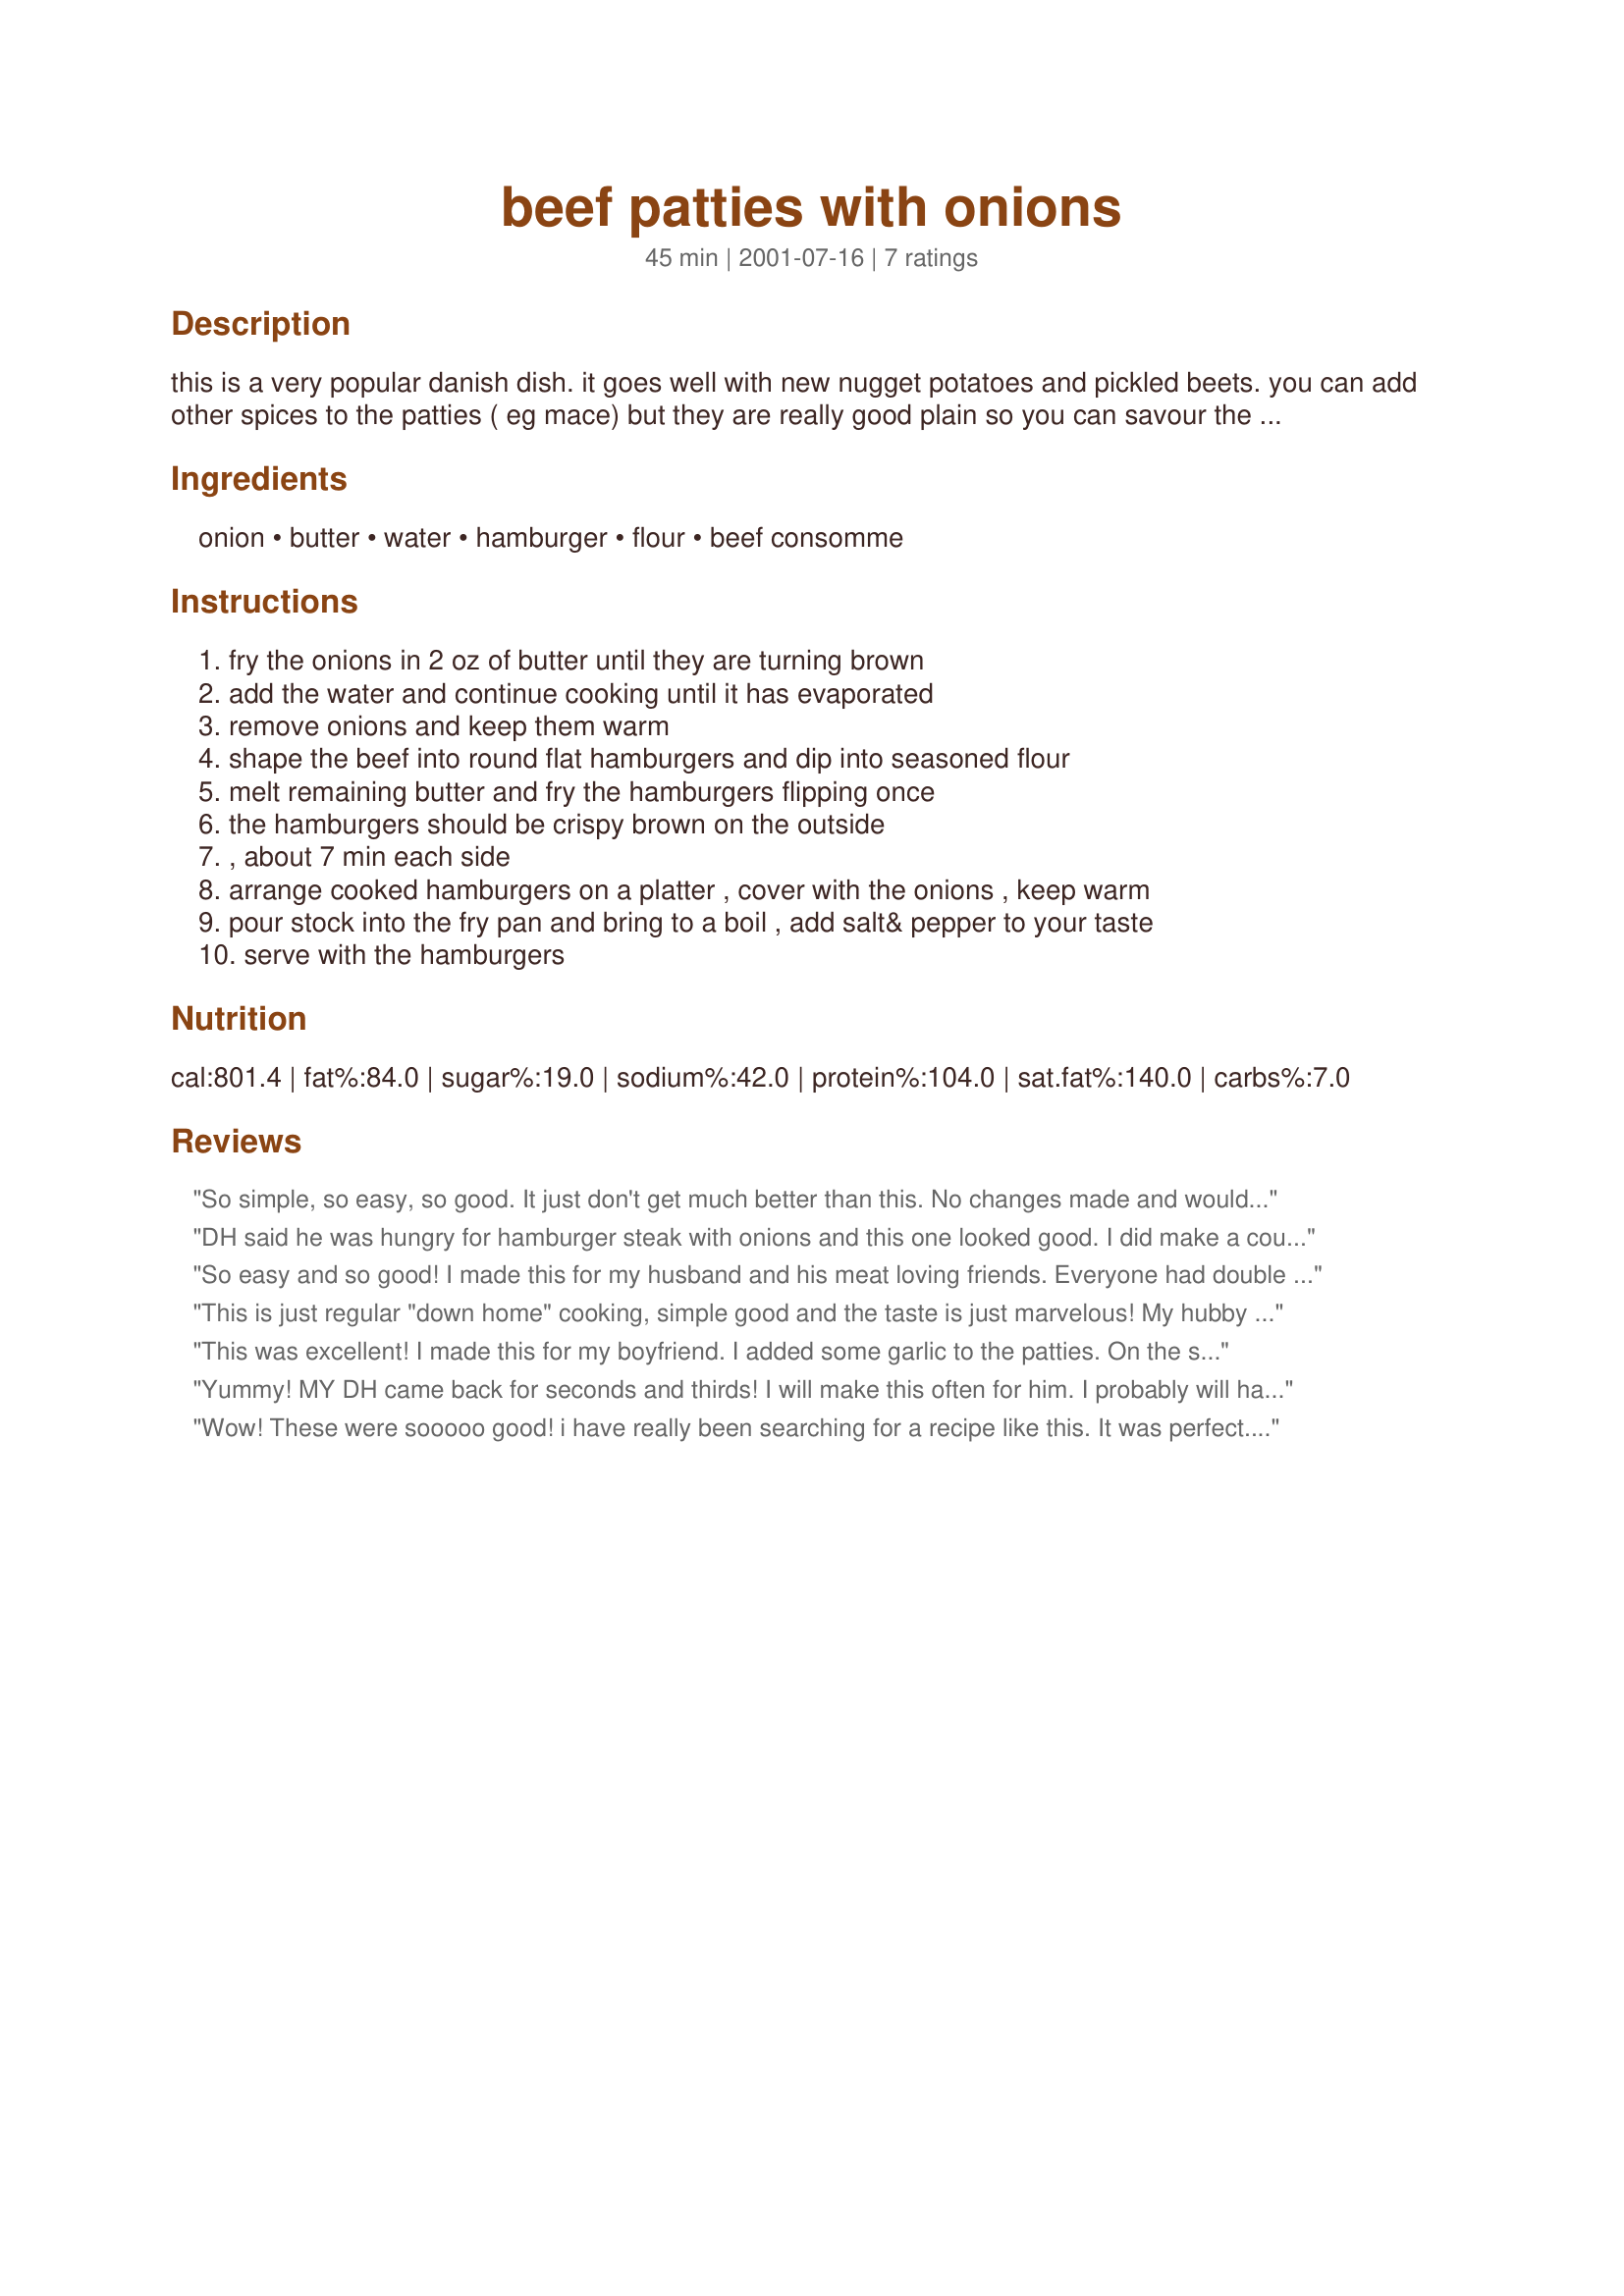
beef patties with onions
Preparation time: 45 minutes

this is a very popular danish dish. it goes well with new nugget potatoes and pickled beets. you can add other spices to the patties ( eg mace) but they are really good plain so you can savour the beef and onion flavors.

Ingredients:
onion, butter, water, hamburger, flour, beef consomme

Steps:
fry the onions in 2 oz of butter until they are turning brown, add the water and continue cooking until it has evaporated, remove onions and keep them warm, shape the beef into round flat hamburgers and dip into seasoned flour, melt remaining butter and fry the hamburgers flipping once, the hamburgers should be crispy brown on the outside, , about 7 min each side, arrange cooked hamburgers on a platter , cover with the onions , keep warm, pour stock into the fry pan and bring to a boil , add salt& pepper to your taste, serve with the hamburgers

Reviews:
So simple, so easy, so good. It just don't get much better than this. No changes made and wouldn't even consider making any!!!
DH said he was hungry for hamburger steak with onions and this one looked good. I did make a couple of changes. I added a little worchestershire sauce, cajun seasoning and seasoned italian bread crumbs to the meat and made 3 good sized patties. I used about 3 tbsp of butter to saute the onions which were sprinkled with cajun seasoning. Once they were soft I simply removed them and set aside and then added a couple of tbsp more of butter and fried the patiies for 8 minutes on each side. I then removed them and added a few tbsp of flour to pan and made a light brown roux. I then added the patties, onions, 2 cups of brown gravy (I used a dry mix) and another cup of water to the roux mixture. I covered the pan and brought the gravy to a simmer and cooked for another 15 minutes. DH baked a potato and we split it in half and served the hamburger patty with the onions on top of the potato. Simple, quick and delicious.
So easy and so good! I made this for my husband and his meat loving friends. Everyone had double helpings and raved about how yummy this was. Thanks Bergy!
This is just regular "down home" cooking, simple good and the taste is just marvelous! My hubby can't have hamburger so I made two different "hamburgers", one with beef and one with turkey. Yes I served with pickled beets and potatoes. Thanks for posting!
This was excellent! I made this for my boyfriend. I added some garlic to the patties. On the side, I had mashed potatoes and a simple tossed salad. I'll be making this again. Thank you for the recipe! :)
Yummy! MY DH came back for seconds and thirds! I will make this often for him. I probably will have to make a double recipe next time. Delicious! Thanks, Bergy!
Wow! These were sooooo good! i have really been searching for a recipe like this. It was perfect. thanks for sharing.
